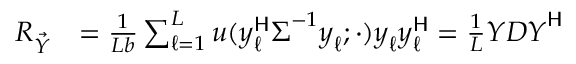
\begin{array} { r l } { \boldsymbol { R } _ { \Vec { Y } } } & { = \frac { 1 } { L b } \sum _ { \ell = 1 } ^ { L } u ( \boldsymbol { y } _ { \ell } ^ { \sf H } \boldsymbol { \Sigma } ^ { - 1 } \boldsymbol { y } _ { \ell } ; \cdot ) \boldsymbol { y } _ { \ell } \boldsymbol { y } _ { \ell } ^ { \sf H } = \frac { 1 } { L } \boldsymbol { Y } \boldsymbol { D } \boldsymbol { Y } ^ { \sf H } } \end{array}